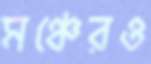
মঞ্চেরও